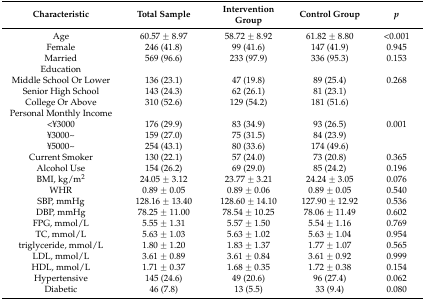
<table><thead><tr><td><b>Characteristic</b></td><td><b>Total Sample</b></td><td><b>Intervention Group</b></td><td><b>Control Group</b></td><td><b><i>p</i></b></td></tr></thead><tbody><tr><td>Age</td><td>60.57 ± 8.97</td><td>58.72 ± 8.92</td><td>61.82 ± 8.80</td><td>&lt;0.001</td></tr><tr><td>Female</td><td>246 (41.8)</td><td>99 (41.6)</td><td>147 (41.9)</td><td>0.945</td></tr><tr><td>Married</td><td>569 (96.6)</td><td>233 (97.9)</td><td>336 (95.3)</td><td>0.153</td></tr><tr><td>Education</td><td></td><td></td><td></td><td></td></tr><tr><td>Middle School Or Lower</td><td>136 (23.1)</td><td>47 (19.8)</td><td>89 (25.4)</td><td>0.268</td></tr><tr><td>Senior High School</td><td>143 (24.3)</td><td>62 (26.1)</td><td>81 (23.1)</td><td></td></tr><tr><td>College Or Above</td><td>310 (52.6)</td><td>129 (54.2)</td><td>181 (51.6)</td><td></td></tr><tr><td>Personal Monthly Income</td><td></td><td></td><td></td><td></td></tr><tr><td>&lt;¥3000</td><td>176 (29.9)</td><td>83 (34.9)</td><td>93 (26.5)</td><td>0.001</td></tr><tr><td>¥3000~</td><td>159 (27.0)</td><td>75 (31.5)</td><td>84 (23.9)</td><td></td></tr><tr><td>¥5000~</td><td>254 (43.1)</td><td>80 (33.6)</td><td>174 (49.6)</td><td></td></tr><tr><td>Current Smoker</td><td>130 (22.1)</td><td>57 (24.0)</td><td>73 (20.8)</td><td>0.365</td></tr><tr><td>Alcohol Use</td><td>154 (26.2)</td><td>69 (29.0)</td><td>85 (24.2)</td><td>0.196</td></tr><tr><td>BMI, kg/m<sup>2</sup></td><td>24.05 ± 3.12</td><td>23.77 ± 3.21</td><td>24.24 ± 3.05</td><td>0.076</td></tr><tr><td>WHR</td><td>0.89 ± 0.05</td><td>0.89 ± 0.06</td><td>0.89 ± 0.05</td><td>0.540</td></tr><tr><td>SBP, mmHg</td><td>128.16 ± 13.40</td><td>128.60 ± 14.10</td><td>127.90 ± 12.92</td><td>0.536</td></tr><tr><td>DBP, mmHg</td><td>78.25 ± 11.00</td><td>78.54 ± 10.25</td><td>78.06 ± 11.49</td><td>0.602</td></tr><tr><td>FPG, mmol/L</td><td>5.55 ± 1.31</td><td>5.57 ± 1.50</td><td>5.54 ± 1.16</td><td>0.769</td></tr><tr><td>TC, mmol/L</td><td>5.63 ± 1.03</td><td>5.63 ± 1.02</td><td>5.63 ± 1.04</td><td>0.954</td></tr><tr><td>triglyceride, mmol/L</td><td>1.80 ± 1.20</td><td>1.83 ± 1.37</td><td>1.77 ± 1.07</td><td>0.565</td></tr><tr><td>LDL, mmol/L</td><td>3.61 ± 0.89</td><td>3.61 ± 0.84</td><td>3.61 ± 0.92</td><td>0.999</td></tr><tr><td>HDL, mmol/L</td><td>1.71 ± 0.37</td><td>1.68 ± 0.35</td><td>1.72 ± 0.38</td><td>0.154</td></tr><tr><td>Hypertensive</td><td>145 (24.6)</td><td>49 (20.6)</td><td>96 (27.4)</td><td>0.062</td></tr><tr><td>Diabetic</td><td>46 (7.8)</td><td>13 (5.5)</td><td>33 (9.4)</td><td>0.080</td></tr></tbody></table>